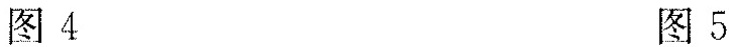
图4 图5